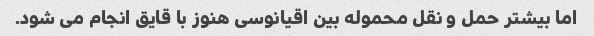
اما بیشتر حمل و نقل محموله بین اقیانوسی هنوز با قایق انجام می شود.